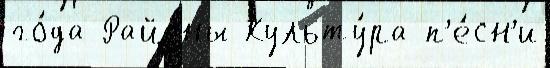
го́да Райо́ны Культу́ра п'е́сн'и